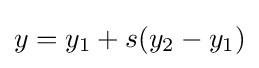
y=y_{1}+s(y_{2}-y_{1})